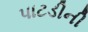
પાટડીની